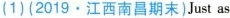
(1)（2019·江西南昌期末）Just as